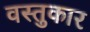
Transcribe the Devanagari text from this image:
वस्तुकार